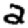
Digit: 2